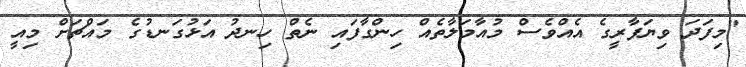
"މިފަދަ ވިޔަފާރީގެ އެއްވެސް މުއާމަލާތެއް ހިންގާފައި ނެތް ހިނދު އަޅުގަނޑުގެ މައްޗަށް މިއީ